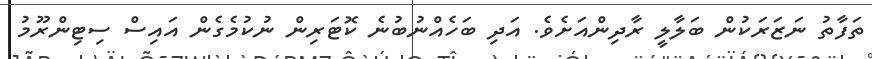
ތަފާތު ނަޒަރަކުން ބަލާލީ ރާދިންއަށެވެ. އަދި ބަހެއްނުބުނެ ކޮޓަރިން ނުކުމެގެން އައިސް ސިޓިންރޫމު